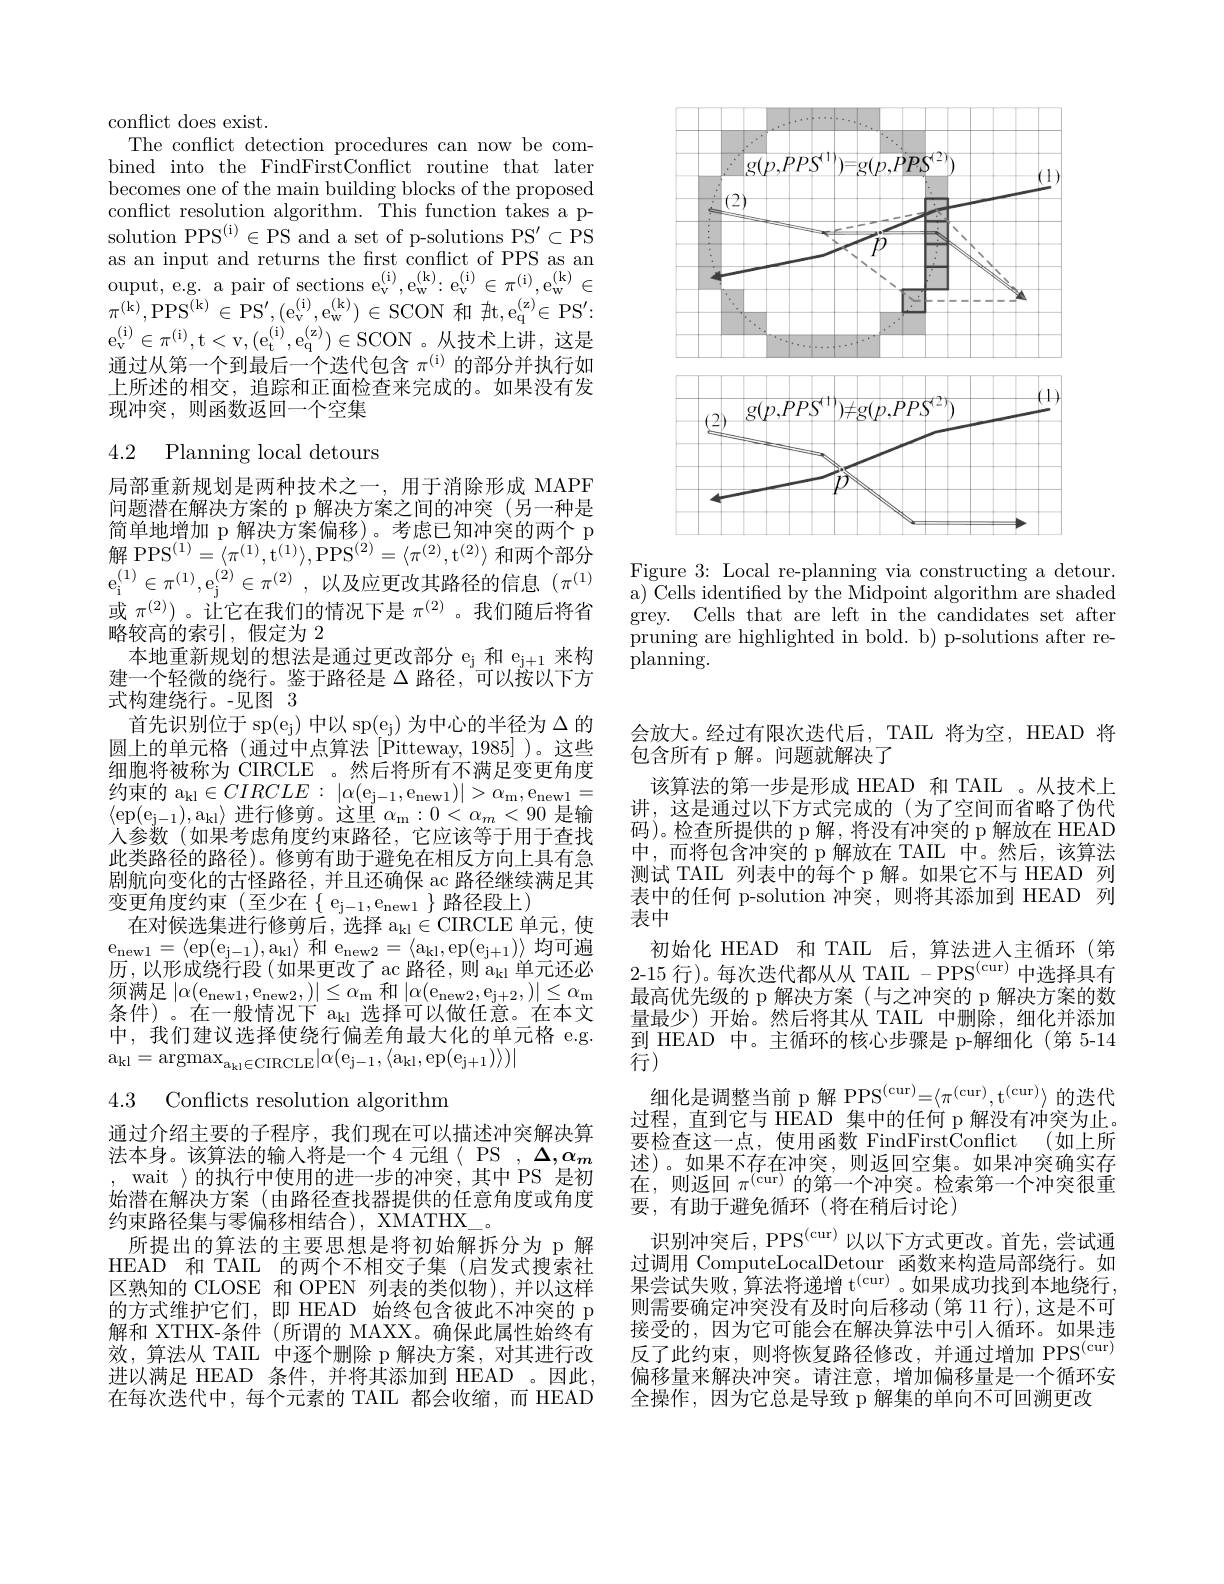
conflict does exist.
The conflict detection procedures can now be combined into the FindFirstConflict routine that later becomes one of the main building blocks of the proposed conflict resolution algorithm. This function takes a psolution PPS$^($i$) \in$PS and a set of p-solutions PS'$\subset$PS as an input and returns the frst conflict of PPS as an ouput, e. g. a pair of sections $e_v^{( i) }$, $e_w^{( k) }$: $e_v^{( i) }\in \pi ^{( i) }$, $e_w^{( k) }\in$ $\pi^{(\mathrm{k})}$,PPS$^($k$) \in$PS$^\prime,(\mathrm{e}_{\mathrm{v}}^{(\mathrm{i})},\mathrm{e}_{\mathrm{w}}^{(\mathrm{k})})\in$SCON 和$\nexists$t$, \mathrm{e} _\mathrm{q} ^($z$) \in$PS$^\prime:$ $e_{v}^{( i) }\in \pi ^{( i) }$, t< v, ( $e_{t}^{( i) }$, $e_{q}^{( z) }$) $\in$SCON 。从 技 术 上 讲 , 这 是 通过从第一个到最后一个迭代包含$\pi^\mathrm{(i)}$的部分并执行如上所述的相交，追踪和正面检查来完成的。如果没有发现冲突，则函数返回一个空集

4.2 Planning local detours

局部重新规划是两种技术之一，用于消除形成 MAPF 问题潜在解决方案的 p 解决方案之间的冲突(另一种是简单地增加 p 解决方案偏移)。考虑已知冲突的两个 p 解 PPS$^(1)=\langle\pi^{(1)},\mathrm{t}^{(1)}\rangle,\mathrm{PPS}^{(2)}=\langle\pi^{(2)},\mathrm{t}^{(2)}\rangle$和两个部分$e_{i}^{( 1) }\in \pi ^{( 1) }$, $e_{j}^{( 2) }\in \pi ^{( 2) }$ , 以及应更改其路径的信息 $(\pi^{(1)}$ 或$\pi^{(2)}$)。让它在我们的情况下是$\pi^{(2)}$。我们随后将省略较高的索引，假定为 2
本地重新规划的想法是通过更改部分 e$_\mathrm{j}$和 e$_\mathrm{j+1}$来构建一个轻微的绕行。鉴于路径是$\Delta$路径，可以按以下方式构建绕行。-见图 3
首先识别位于 sp(e$_\mathrm{j})$中以 sp(e$_\mathrm{j}$) 为中心的半径为$\Delta$的圆上的单元格(通过中点算法[Pitteway,1985])。这些细胞将被称为 CIRCLE 。然后将所有不满足变更角度约束的 a$_\mathrm{kl}\in CIRCLE:\left|\alpha(\mathrm{e}_{\mathrm{j}-1},\mathrm{e}_{\mathrm{new}1})\right|>\alpha_\mathrm{m},\mathrm{e}_{\mathrm{new}1}=$ $\langle \exp ( e_{j- 1}$) , $a_{kl}\rangle$进行修剪。这里$\alpha_\mathrm{m}:0<\alpha_m<90$是输人参数(如果考虑角度约束路径，它应该等于用于查找此类路径的路径)。修剪有助于避免在相反方向上具有急剧航向变化的古怪路径，并且还确保 ac 路径继续满足其变更角度约束(至少在$\{e_{j-1},e_{new1}\}路径段上)$
在对候选集进行修剪后，选择 a$_\mathrm{kl}\in$CIRCLE 单元，使$e_{new1}$= $\langle$ep( $e_{j- 1}$) , $a_{kl}\rangle$ 和$\mathrm e_{new2}=\langle a_{kl},ep(e_{j+1})\rangle$均可遍历，以形成绕行段(如果更改了 ac 路径，则 a$_\mathrm{kl}$单元还必须满足$\left|\alpha(\mathrm{e}_{\mathrm{new}1},\mathrm{e}_{\mathrm{new}2},)\right|\leq\alpha_{\mathrm{m}}$和$\left|\alpha(\mathrm{e}_{\mathrm{new}2},\mathrm{e}_{\mathrm{j}+2},)\right|\leq\alpha_{\mathrm{m}}$ 条件)。在一般情况下 a$_\mathrm{kl}$选择可以做任意。在本文中，我们建议选择使绕行偏差角最大化的单元格 e.g. $a_{kl}$= argma$x_{a_{kl}\in CIRCLE}$| $\alpha$( $e_{j- 1}$, $\langle a_{kl}$, ep( $e_{j+ 1}$) $\rangle$) |

## 4.3 Conflicts resolution algorithm

通过介绍主要的子程序，我们现在可以描述冲突解决算法本身。该算法的输入将是一个4元组$\langle$PS$,\Delta,\alpha_m$ , wait 〉的执行中使用的进一步的冲突，其中 PS 是初始潜在解决方案 (由路径查找器提供的任意角度或角度约束路径集与零偏移相结合), XMATHX\_。
所提出的算法的主要思想是将初始解拆分为 p 解HEAD 和 TAIL 的两个不相交子集 (启发式搜索社区熟知的 CLOSE 和 OPEN 列表的类似物),并以这样的方式维护它们，即 HEAD 始终包含彼此不冲突的 p 解和 XTHX-条件 (所谓的 MAXX。确保此属性始终有效，算法从 TAIL 中逐个删除 p 解决方案，对其进行改进以满足 HEAD 条件，并将其添加到 HEAD 。因此， 在每次迭代中，每个元素的 TAIL 都会收缩，而 HEAD

<FigureHere>

Figure 3: Local re-planning via constructing a detour. a) Cells identified by the Midpoint algorithm are shaded grey. Cells that are left in the candidates set after pruning are highlighted in bold. b) p-solutions after re- ${\dot{\text{planning}}}.$

会放大。经过有限次迭代后，TAIL 将为空，HEAD 将
包含所有 p 解。问题就解决了
该算法的第一步是形成 HEAD 和 TAIL 。从技术上讲，这是通过以下方式完成的(为了空间而省略了伪代码)。检查所提供的 p 解，将没有冲突的 p 解放在 HEAD 中，而将包含冲突的 p 解放在 TAIL 中。然后，该算法测试 TAIL 列表中的每个 p 解。如果它不与 HEAD 列表中的任何 p-solution 冲突，则将其添加到 HEAD 列表中
初始化 HEAD 和 TAIL 后，算法进入主循环(第2-15 行)。每次迭代都从从 TAIL -PPS$^($cur)中选择具有最高优先级的 p 解决方案 (与之冲突的 p 解决方案的数量最少)开始。然后将其从 TAIL 中删除，细化并添加到 HEAD 中。主循环的核心步骤是 p-解细化 (第 5-14行)
细化是调整当前 p 解 PPS$^{(\mathrm{cur})}=\langle\pi^{(\mathrm{cur})},\mathrm{t}^{(\mathrm{cur})}\rangle$的迭代过程，直到它与 HEAD 集中的任何 p 解没有冲突为止。要检查这一点，使用函数 FindFirstConflict (如上所述)。如果不存在冲突，则返回空集。如果冲突确实存在，则返回$\pi^{(\mathrm{cur})}$的第一个冲突。检索第一个冲突很重要，有助于避免循环(将在稍后讨论)
识别冲突后，PPS$^{(\mathrm{cur})}$以以下方式更改。首先，尝试通过调用 ComputeLocalDetour 函数来构造局部绕行。如果尝试失败，算法将递增 t$^{(\mathrm{cur})}$。如果成功找到本地绕行， 则需要确定冲突没有及时向后移动(第 11 行),这是不可接受的，因为它可能会在解决算法中引人循环。如果违反了此约束，则将恢复路径修改，并通过增加 PPS$^{(\mathrm{cur})}$ 偏移量来解决冲突。请注意，增加偏移量是一个循环安全操作，因为它总是导致 p 解集的单向不可回溯更改